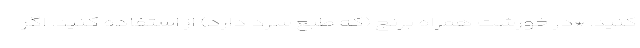
کنید. *در خورشت همراه برنج (که طبع سرد دارد) از استفاده کنید. اگر